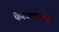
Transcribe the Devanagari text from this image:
फेरउभारणी